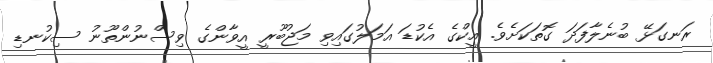
ރަނގަޅޭ ބުނެލާފަދަ ގޮތަކަށެވެ. އީކްގެ އެކުޑަ އަމަލުގައިވި މަޖުބޫރީ އީވާންގެ ވިސްނުންތޫނު ސިކުނޑި